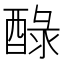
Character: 醁